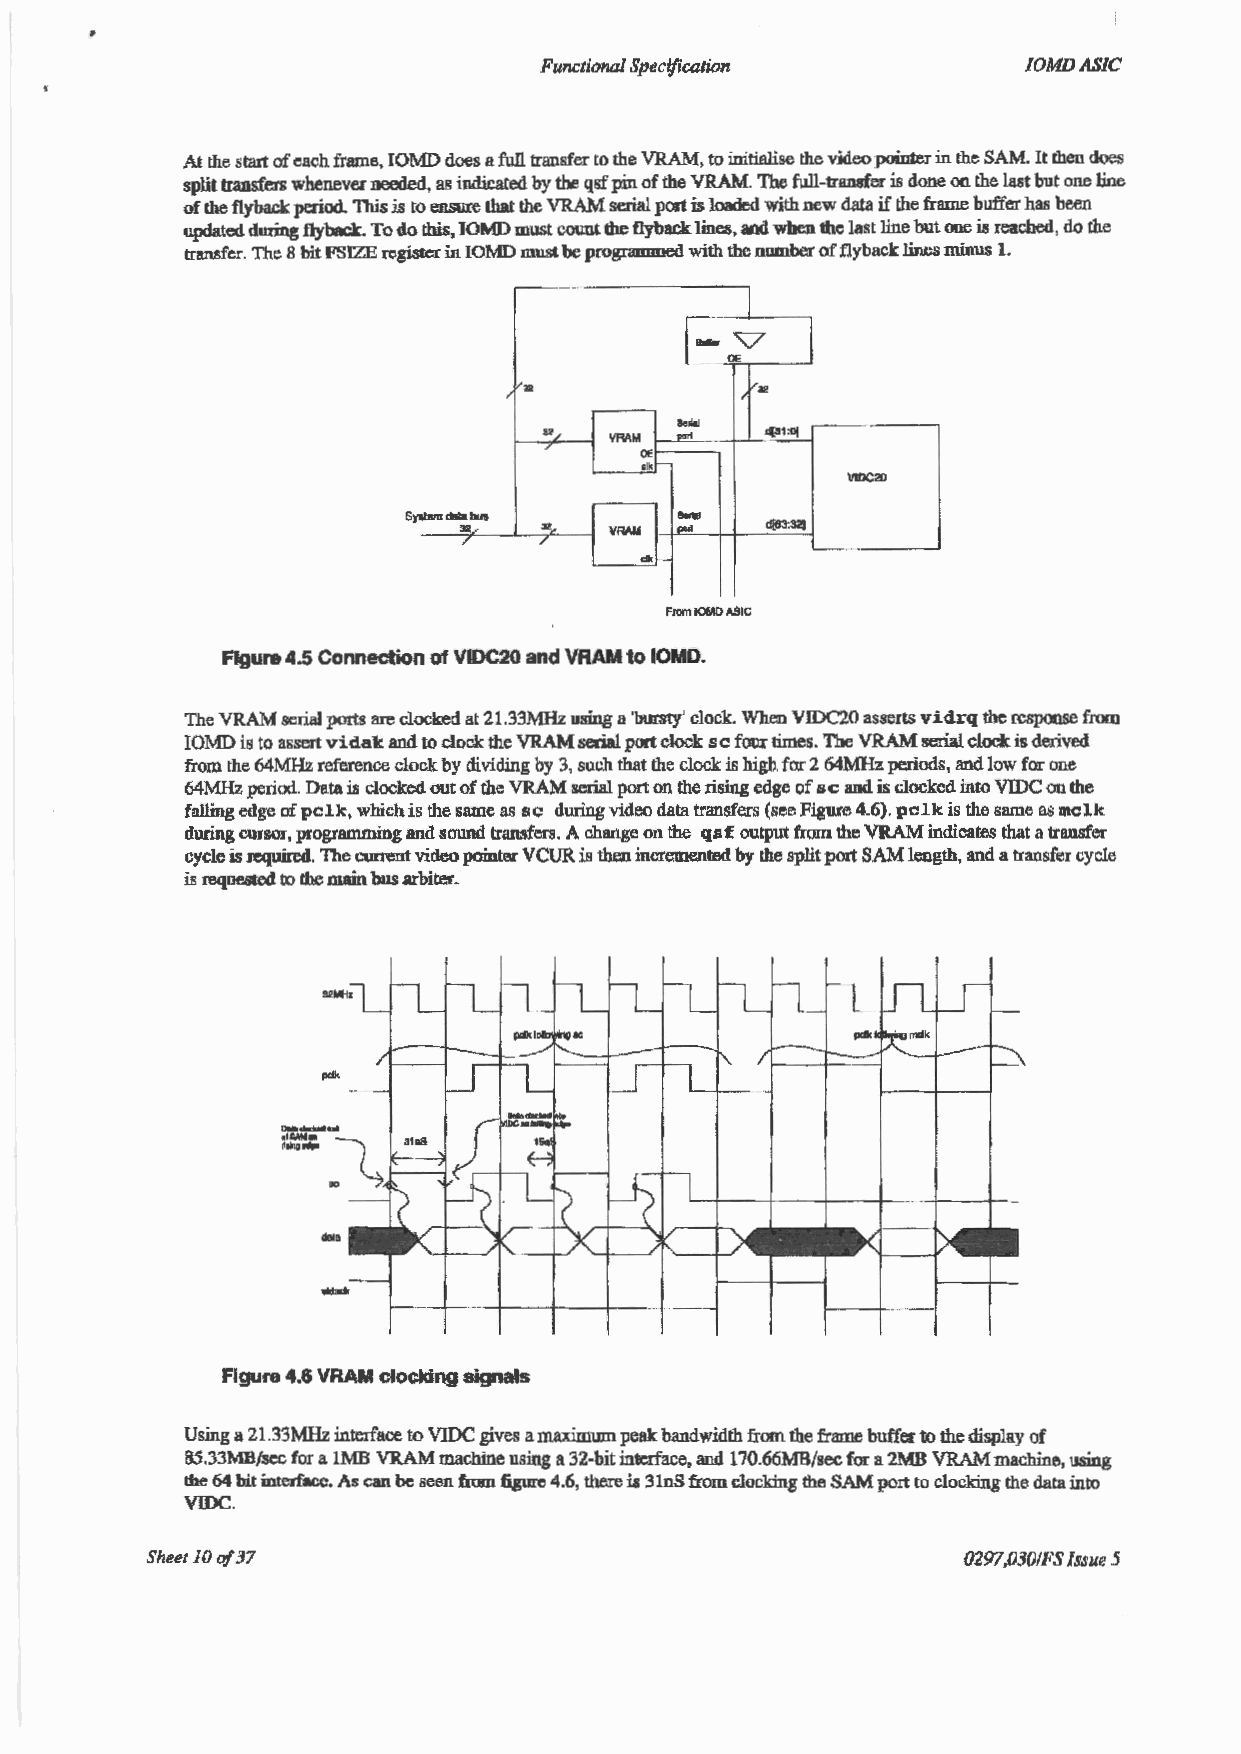
Fu71Ctitmal Specification       IOMDASIC
 At the start of each frame, IOMD does a full transfer to the VRAM, to initialise the video pointer in the SAM. It then does
 split transfers whenever needed, ag indicated by the qsf pin of the VRAM. Tbe full-transfer is done oo the last but one line
 of the flyback period. This is to ensure that the VRAM serial port is loaded with new dam if the frame buffer hllll been
 updated during fly back. To do this, IOMD must count the fl.yba.ck lines, and when the last line but one is reached, do the
 transfer. The 8 bit FSIZE cegistc:r in IOMD must be progranuned with the number of flyback lines minus 1.
 ja~.?
 ..
 32
 /               I
 ...
 S.oloi
 "L  YRAhl      ~1:Dt
 /     OE
 clkf--
 VIDC2ll
 ,.
 Syat amdl!ltabus
 32        VRAM "'"   d[83:32)
 /    /     ,._
 FIOnliOMDASIC
 Figure 4.5 Connection of VIDC20 and VRAM to IOMD.
 The VRAM serial ports are clocked at 21.33MHz using ll 'bursty' clock. When VIDC20 asse1ts vidrq the respoose from
 IOMD is to assert vidak. and to clock the VRAM serial port clock sc four times. The VRAM serial clock is derived
 from the 64MHz reference clock by dividing by 3, such that the clock is high for 2 64MHz periods, and low for one
 64MHz period. Data is clocked out of the VRAM serial port on the rising edge of sc and is clocked into VIDC on the
 falling edge of pclk, which is the same llll sc during video data transfers (see Figure 4.6). pc1k is the same as mclk
 during cursor, programming and sound transfers. A change on the qsf output from the VRAM indicates that a trlliiBfer
 cycle is required. The current video pointer VCUR is then incremented by the split port SAM length, and a transfer cycle
 is requested to the main bus arbiter.
 Figure 4.6 VRAM clocking signals
 Using a 21.33MHz interface to VIDC gives a maximmn peak bandwidth from the frame buffelto the display of
 85 .33MB/sec for a l.MB VRAM macrune using a 32-bit interface. and 170.66MB/sec for a 2MB VRAM machine, using
 lhe 64 bit interface. As can be seen from figure 4.6, there is 3lnS from clocking the SAM port to clocking the data into
 VIDC.
 SheetlO of 37                                         0297,030/FS Issue 5